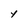
Character: y